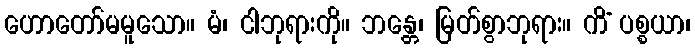
ဟောတော်မမူသော။ မံ၊ ငါဘုရားကို။ ဘန္တေ၊ မြတ်စွာဘုရား။ ကိံ ပစ္စယာ၊